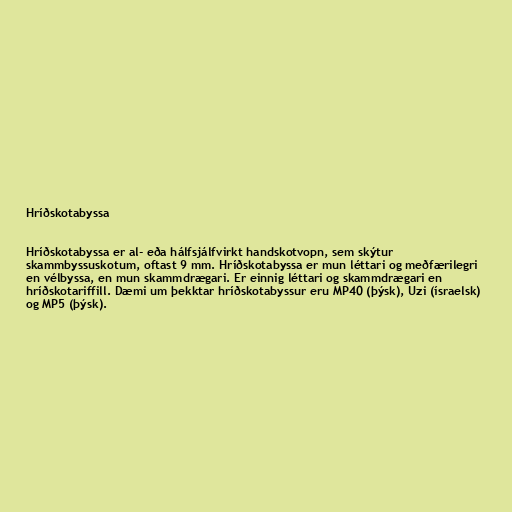
Hríðskotabyssa

Hríðskotabyssa er al- eða hálfsjálfvirkt handskotvopn, sem skýtur
skammbyssuskotum, oftast 9 mm. Hríðskotabyssa er mun léttari og meðfærilegri
en vélbyssa, en mun skammdrægari. Er einnig léttari og skammdrægari en
hríðskotariffill. Dæmi um þekktar hríðskotabyssur eru MP40 (þýsk), Uzi (ísraelsk)
og MP5 (þýsk).